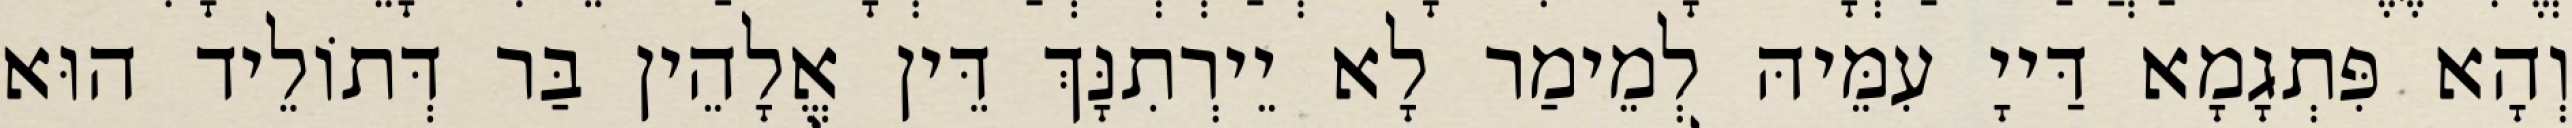
וְהָא פִּתְגָמָא דַּייָ עִמֵּיהּ לְמֵימַר לָא יֵירְתִנָּךְ דֵּין אֱלָהֵין בַּר דְּתוֹלֵיד הוּא